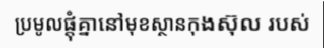
ប្រមូលផ្តុំគ្នានៅមុខស្ថានកុងស៊ុល របស់